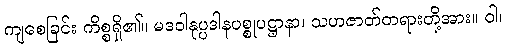
ကျစေခြင်း ကိစ္စရှိ၏။ မဒဝါနုပ္ပဒါနပစ္စုပဋ္ဌာနာ၊ သဟဇာတ်တရားတို့အား။ ဝါ၊